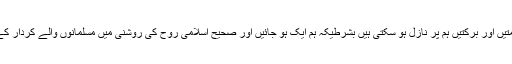
اللہ تعالی کی رحمتیں اور برکتیں ہم پر نازل ہو سکتی ہیں بشرطیکہ ہم ایک ہو جائیں اور صحیح اسلامی روح کی روشنی میں مسلمانوں والے کردار کے حامل ہو جائیں۔